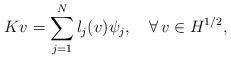
LaTeX: \begin{align*}Kv=\sum_{j=1}^N l_j(v) \psi_j, ~~~ \forall\, v\in H^{1/2},\end{align*}